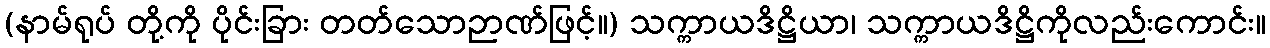
(နာမ်ရုပ် တို့ကို ပိုင်းခြား တတ်သောဉာဏ်ဖြင့်။) သက္ကာယဒိဋ္ဌိယာ၊ သက္ကာယဒိဋ္ဌိကိုလည်းကောင်း။